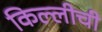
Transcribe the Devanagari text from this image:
किल्लीची